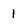
Character: 1